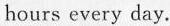
hours every day.